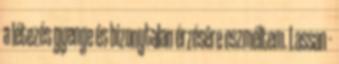
a létezés gyenge és bizonytalan érzésére eszméltem. Lassan -